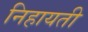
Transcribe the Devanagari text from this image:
निहायती